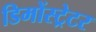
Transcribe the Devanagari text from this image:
डिमोंस्ट्रेटर